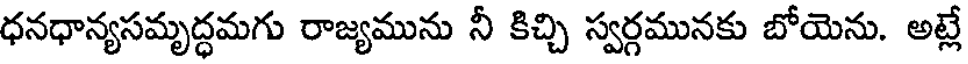
ధనధాన్యసమృద్ధమగు రాజ్యమును నీ కిచ్చి స్వర్గమునకు బోయెను. అట్లే